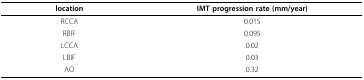
<table><thead><tr><td><b>location</b></td><td><b>IMT progression rate (mm/year)</b></td></tr></thead><tbody><tr><td>RCCA</td><td>0.015</td></tr><tr><td>RBIF</td><td>0.095</td></tr><tr><td>LCCA</td><td>0.02</td></tr><tr><td>LBIF</td><td>0.03</td></tr><tr><td>AO</td><td>0.32</td></tr></tbody></table>